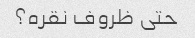
حتی ظروف نقره؟